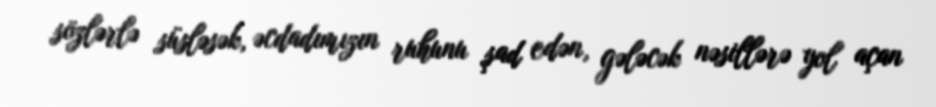
sözlərlə süsləsək, əcdadımızın ruhunu şad edən, gələcək nəsillərə yol açan